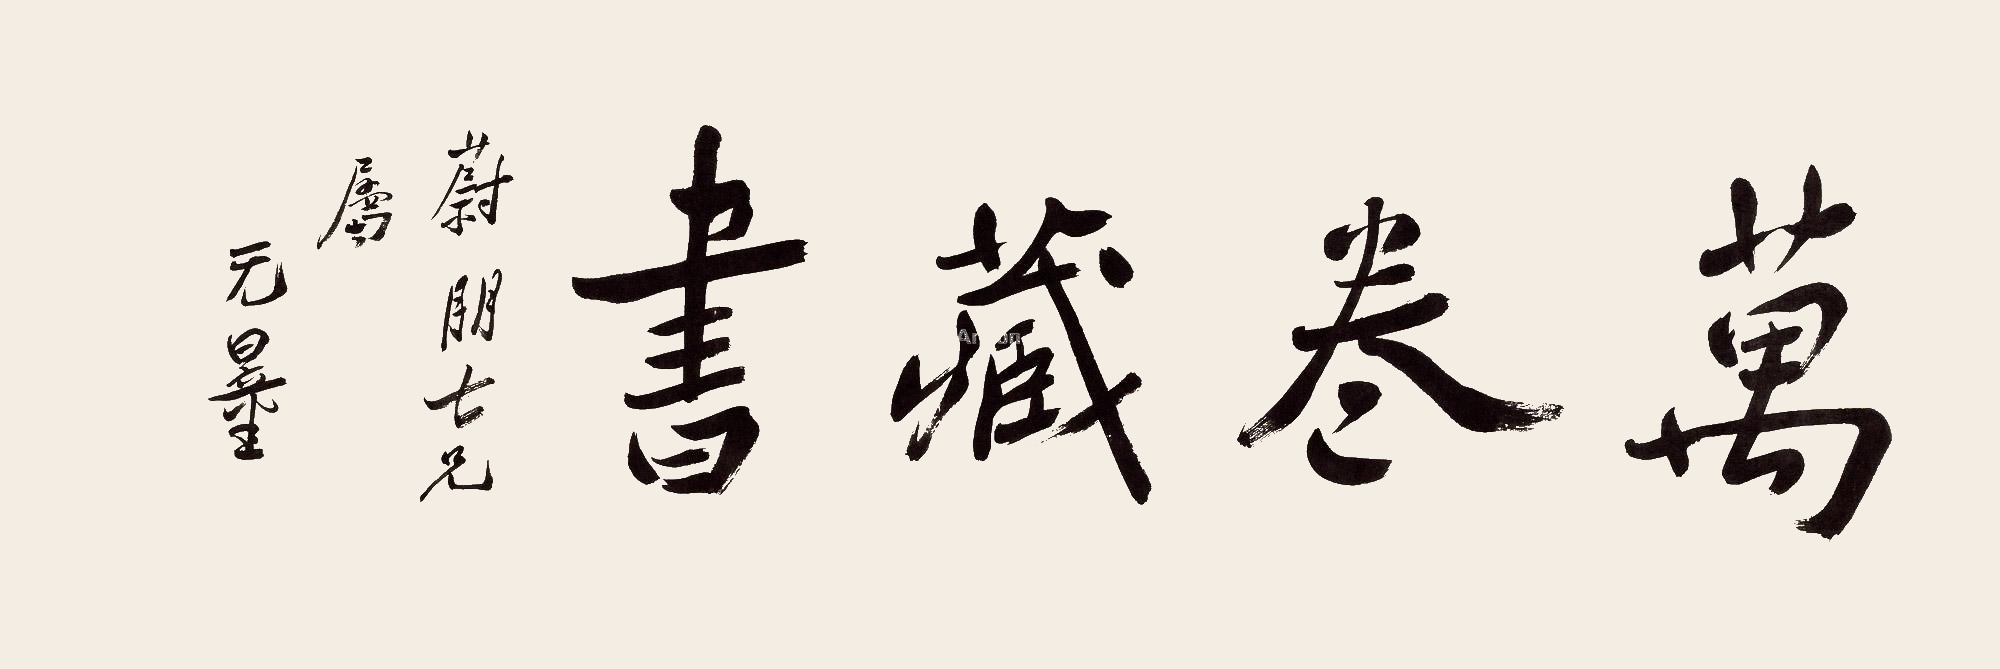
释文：万卷藏书蔚朋士兄属，无量